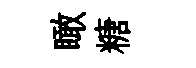
瞰糖